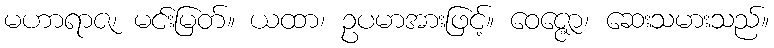
မဟာရာဇ၊ မင်းမြတ်။ ယထာ၊ ဥပမာအားဖြင့်။ ဝေဇ္ဇော၊ ဆေးသမားသည်။